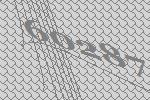
60287